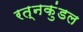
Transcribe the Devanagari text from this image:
रत्नकुंडल